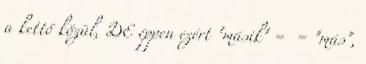
a kettő közül, DE éppen ezért "másik" = = "más",